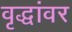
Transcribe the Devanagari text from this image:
वृद्धांवर